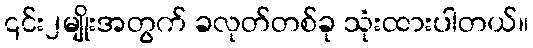
၎င်း၂မျိုးအတွက် ခလုတ်တစ်ခု သုံးထားပါတယ်။